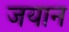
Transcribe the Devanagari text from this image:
जयान